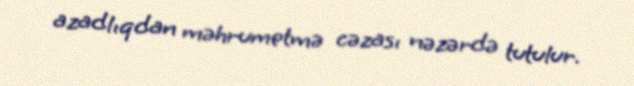
azadlıqdan məhrumetmə cəzası nəzərdə tutulur.